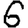
Digit: 6